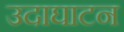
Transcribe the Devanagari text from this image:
उदाघाटन